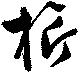
旗